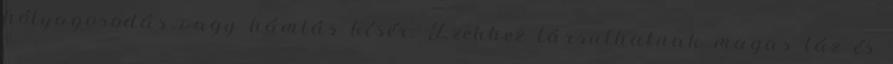
hólyagosodás vagy hámlás kísér. Ezekhez társulhatnak magas láz és